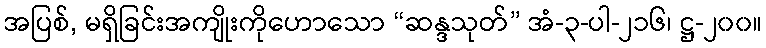
အပြစ်, မရှိခြင်းအကျိုးကိုဟောသော “ဆန္ဒသုတ်” အံ-၃-ပါ-၂၁၆၊ ဋ္ဌ-၂၀၀။